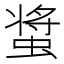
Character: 螀